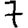
Digit: 7